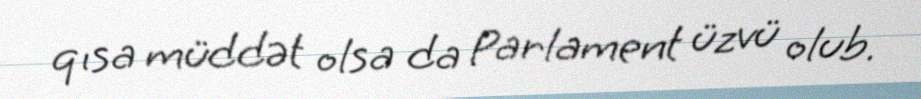
qısa müddət olsa da Parlament üzvü olub.